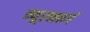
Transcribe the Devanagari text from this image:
न्यूरनबर्ग